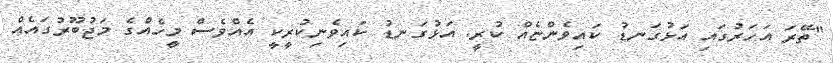
"ތޭރަ އަހަރުގައި އަޅުގަނޑު ކައިވެންޏެއް ކުރީ. އަޅުގަނޑު ކައިވެނިކުރީކީ އެއްވެސް މީހެއްގެ މަޖުބޫރުގައެއް